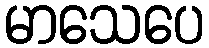
မာသေပေ